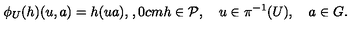
\phi _ { U } ( h ) ( u , a ) = h ( u a ) , \hspace { 1 , 0 c m } h \in { \cal P } , \quad u \in \pi ^ { - 1 } ( U ) , \quad a \in G .